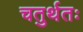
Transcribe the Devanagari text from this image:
चतुर्थतः